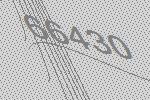
66430